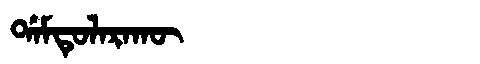
Manchu: ᡩᠠᠮᡨᡠᠯᠠᡵᠠᡴᡡ
Romanization: DAMTULARAKŪ